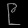
Digit: ၉